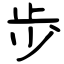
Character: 歩